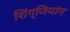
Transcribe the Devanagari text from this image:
शिंग्जियांग